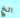
الخ